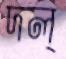
দল্‌